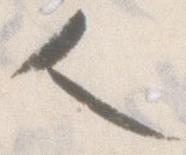
人